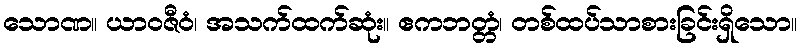
သောဏ။ ယာဝဇီဝံ၊ အသက်ထက်ဆုံး။ ဧကဘတ္တံ၊ တစ်ထပ်သာစားခြင်းရှိသော။